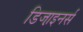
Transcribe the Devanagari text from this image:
डिजा़इनर्स